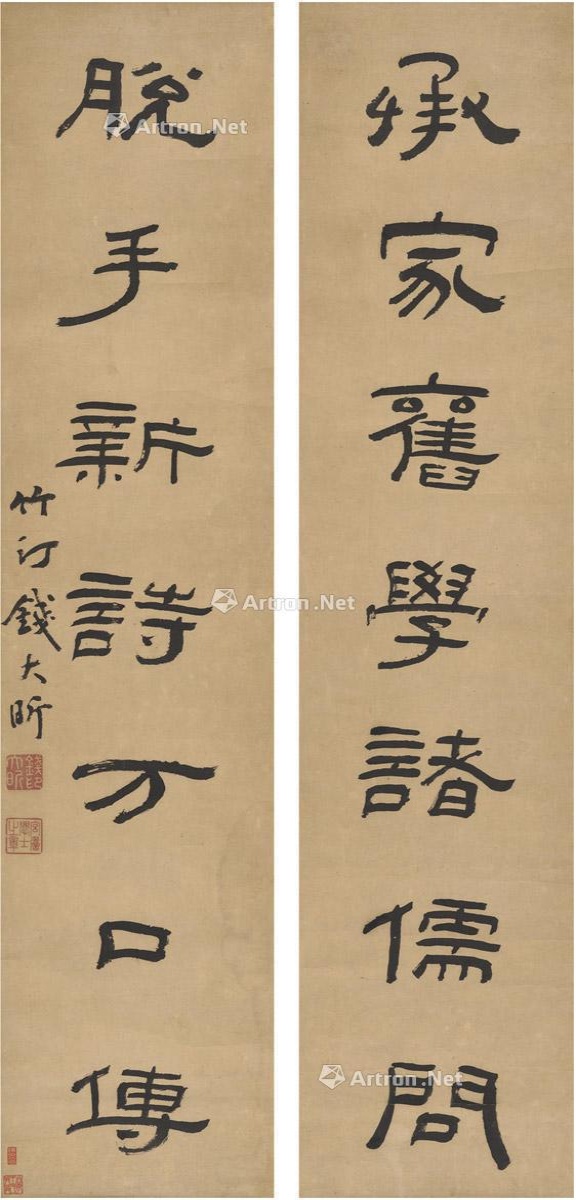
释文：承家旧学诸儒问，脱手新诗万口传。竹汀钱大昕。